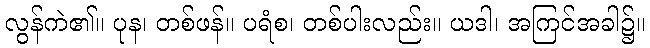
လွန်ကဲ၏။ ပုန၊ တစ်ဖန်။ ပရံစ၊ တစ်ပါးလည်း။ ယဒါ၊ အကြင်အခါ၌။